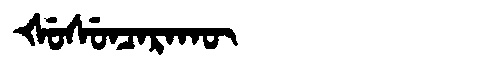
Manchu: ᡧᡠᠰᡠᠨᠴᠠᡵᠠᡴᡡ
Romanization: ŠUSUNCARAKŪ